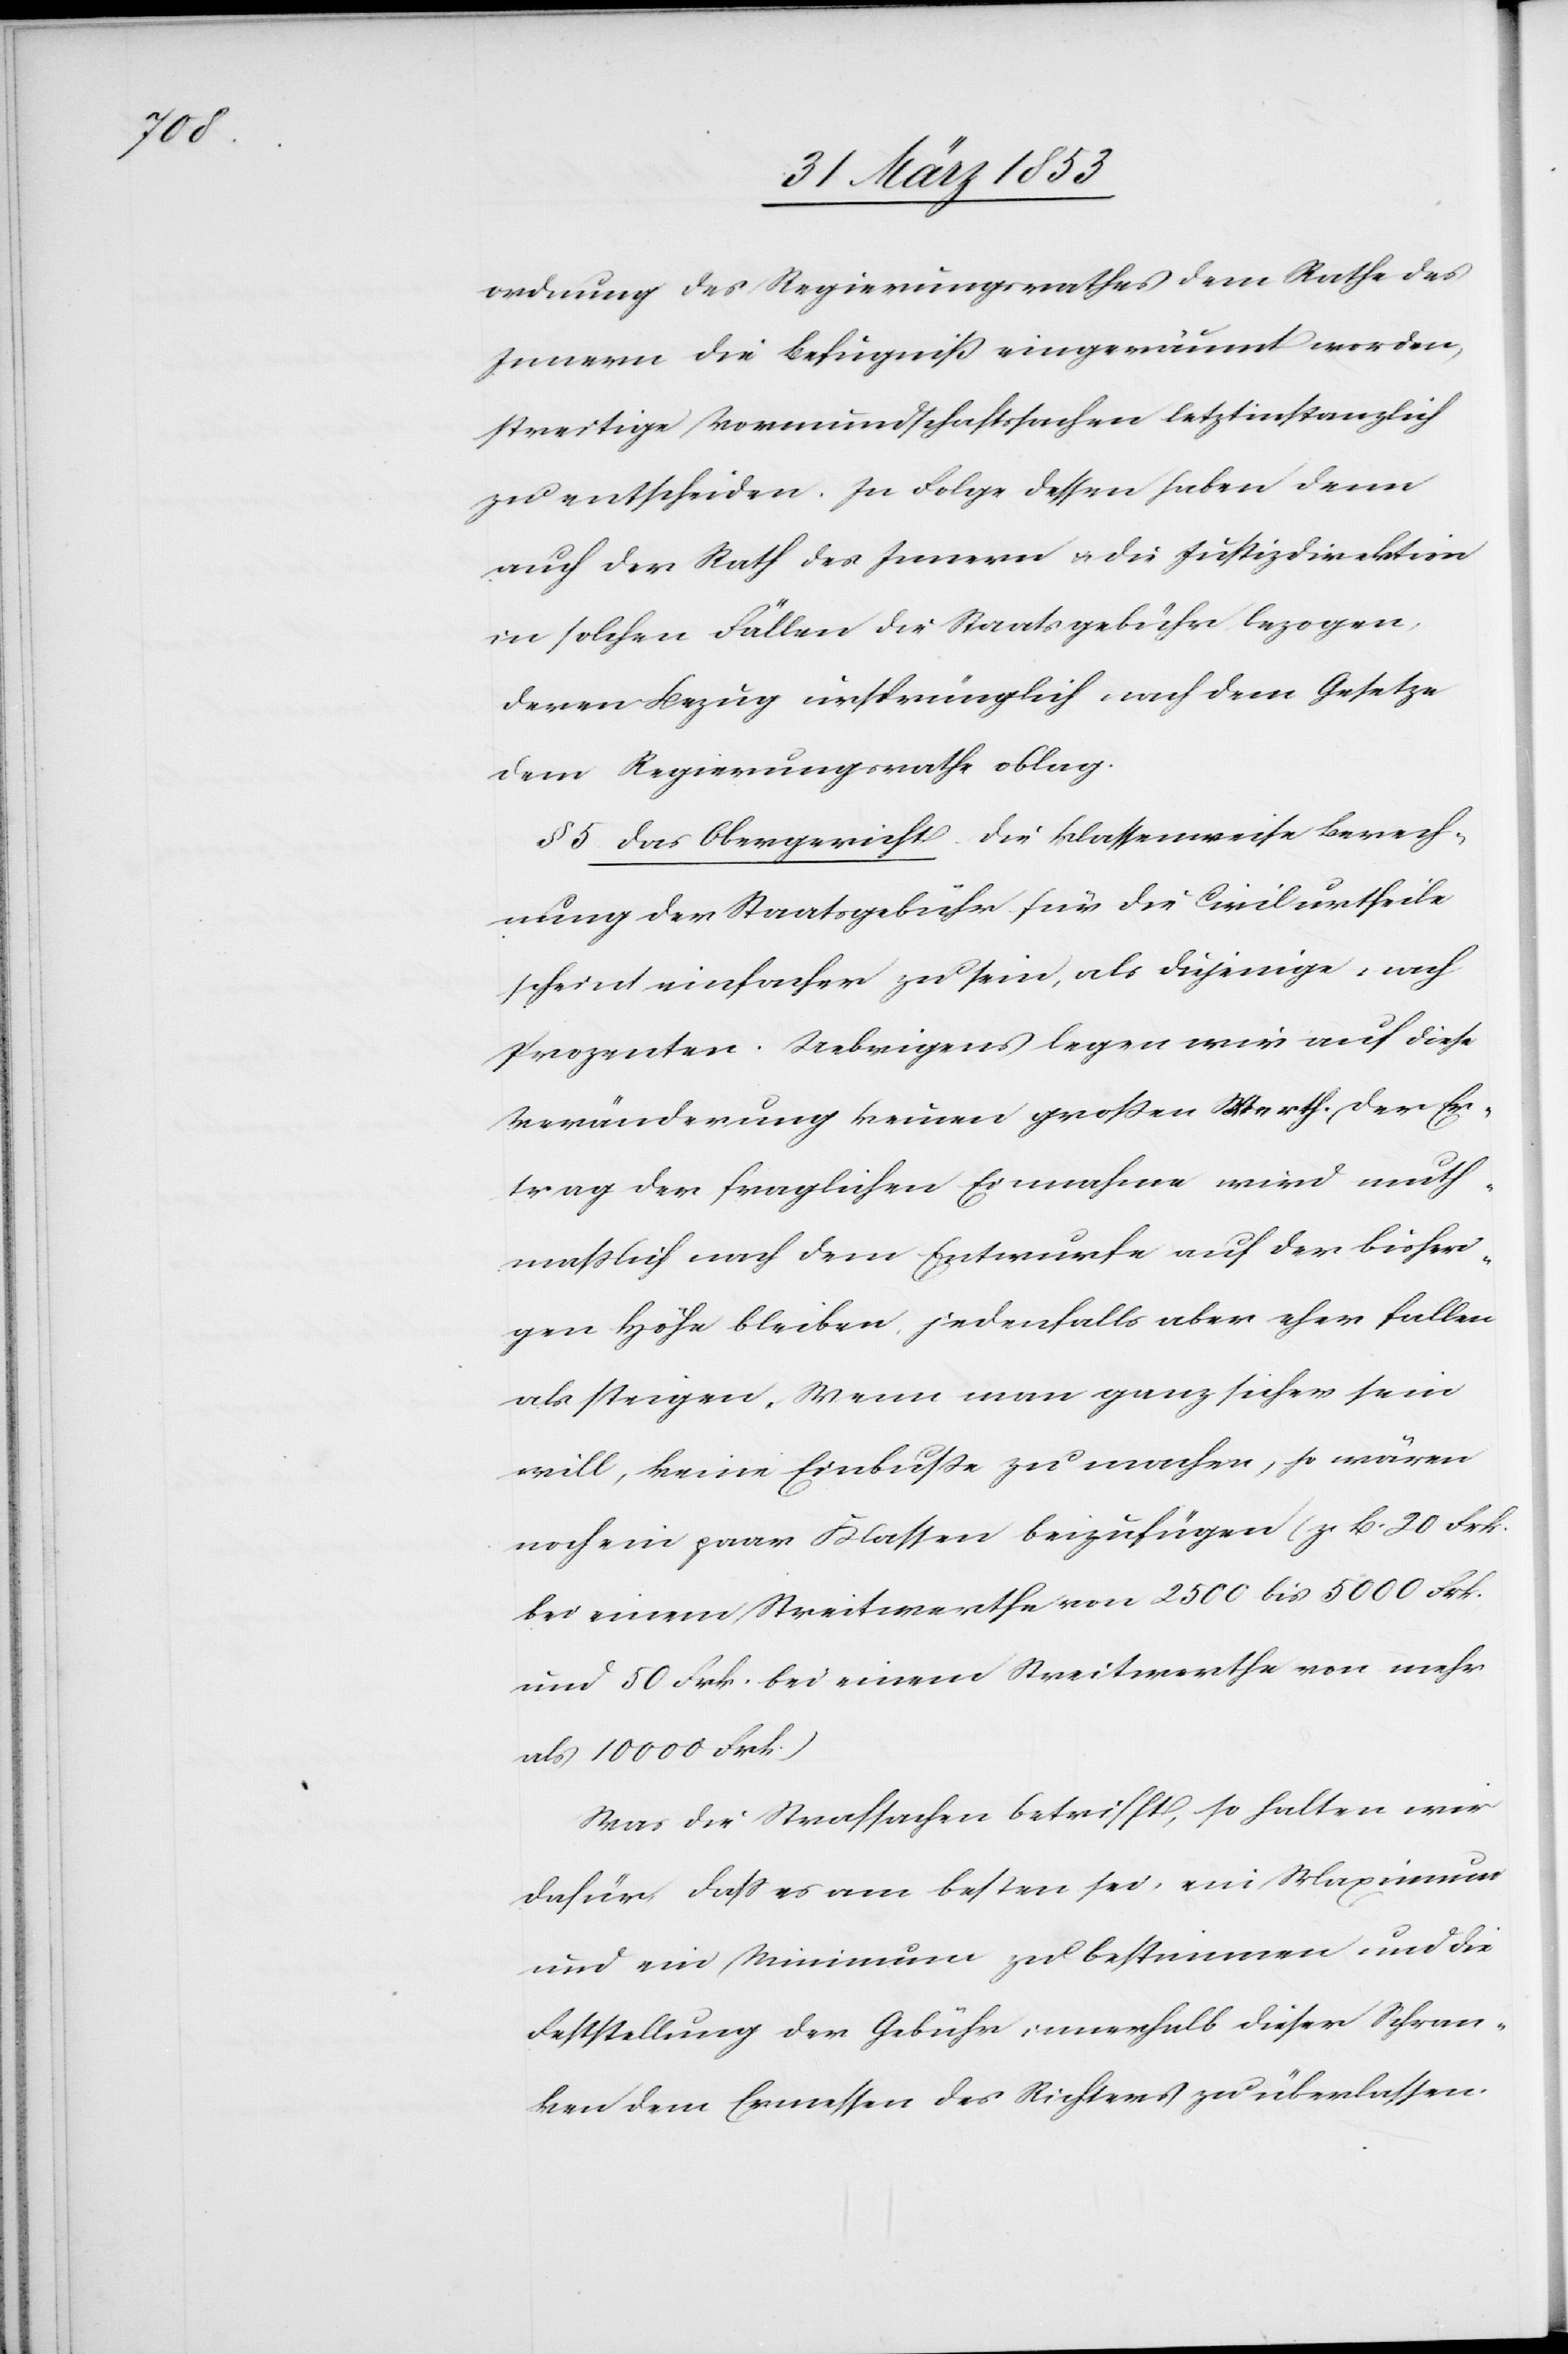
ordnung des Regierungsrathes dem Rathe des
Innern die Befugniß eingeräumt worden,
streitige Vormundschaftssachen letztinstanzlich
zu entscheiden. In Folge dessen haben denn
auch der Rath des Innern u. die Justizdirektion
in solchen Fällen die Staatsgebühr bezogen,
deren Bezug ursprünglich nach dem Gesetze
dem Regierungsrathe oblag.
§ 5 Das Obergericht. Die klassenweise Berech¬
nung der Staatsgebühr für die Civilurtheile
scheint einfacher zu sein, als diejenige, nach
Prozenten. Uebrigens legen wir auf diese
Veränderung keinen großen Werth. Der Er¬
trag der fraglichen Einnahme wird muth¬
maßlich nach dem Entwurfe auf der bisheri¬
gen Höhe bleiben, jedenfalls aber eher fallen
als steigen. Wenn man ganz sicher sein
will, keine Einbuße zu machen, so wären
noch ein paar Klassen beizufügen (z. B. 20 Frk.
bei einem Streitwerthe von 2500 bis 5000 Frk.
und 50 Frk. bei einem Streitwerthe von mehr
als 10000 Frk.)
Was die Strafsachen betrifft, so halten wir
dafür, daß es am besten sei, ein Maximum
und ein Minimum zu bestimmen und die
Feststellung der Gebühr innerhalb dieser Schran¬
ken dem Ermessen des Richters zu überlassen.